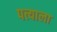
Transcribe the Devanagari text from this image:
पत्त्याला